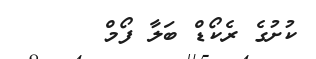
ކުށުގެ ރެކޯޑް ބަލާ ފޯމް